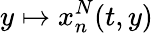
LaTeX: y\mapsto x_{n}^{N}(t,y)